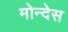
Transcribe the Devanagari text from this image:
मोन्देस